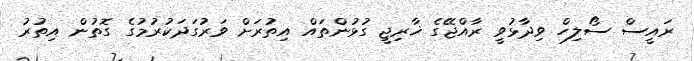
ރައީސް ސޯލިހް ވިދާޅުވީ ރާއްޖޭގެ ޚާރިޖީ ގުޅުންތައް އިތުރަށް ވަރުގަދަކުރުމުގެ ގޮތުން އިތުރު